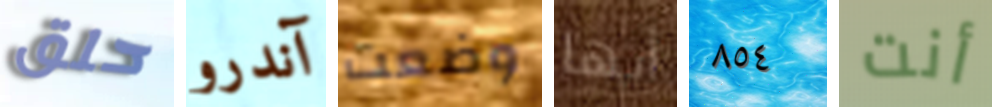
حلق آندرو وضعت أيها ٨٥٤ أنت